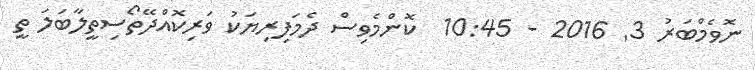
ނޮވެމްބަރު 3